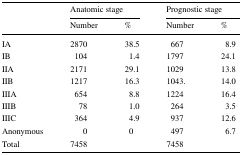
<table><thead><tr><td rowspan="2"></td><td colspan="2"><b>Anatomic stage</b></td><td colspan="2"><b>Prognostic stage</b></td></tr><tr><td><b>Number</b></td><td><b>%</b></td><td><b>Number</b></td><td><b>%</b></td></tr></thead><tbody><tr><td>IA</td><td>2870</td><td>38.5</td><td>667</td><td>8.9</td></tr><tr><td>IB</td><td>104</td><td>1.4</td><td>1797</td><td>24.1</td></tr><tr><td>IIA</td><td>2171</td><td>29.1</td><td>1029</td><td>13.8</td></tr><tr><td>IIB</td><td>1217</td><td>16.3</td><td>1043.</td><td>14.0</td></tr><tr><td>IIIA</td><td>654</td><td>8.8</td><td>1224</td><td>16.4</td></tr><tr><td>IIIB</td><td>78</td><td>1.0</td><td>264</td><td>3.5</td></tr><tr><td>IIIC</td><td>364</td><td>4.9</td><td>937</td><td>12.6</td></tr><tr><td>Anonymous</td><td>0</td><td>0</td><td>497</td><td>6.7</td></tr><tr><td>Total</td><td>7458</td><td></td><td>7458</td><td></td></tr></tbody></table>